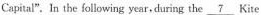
Capital". Ln the following year,during the 7 Kite